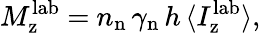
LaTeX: M_{\mathrm{z}}^{\mathrm{lab}}~{=}~n_{\mathrm{n}}\, \gamma_{\mathrm{n}}\, h\, \langle I_{\mathrm{z}}^{\mathrm{lab}}\rangle,